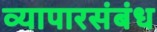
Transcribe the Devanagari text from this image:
व्यापारसंबंध